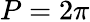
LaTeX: P=2\pi